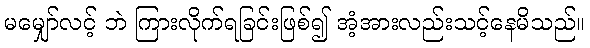
မမျှော်လင့် ဘဲ ကြားလိုက်ရခြင်းဖြစ်၍ အံ့အားလည်းသင့်နေမိသည်။